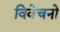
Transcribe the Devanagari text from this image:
विवेचनो